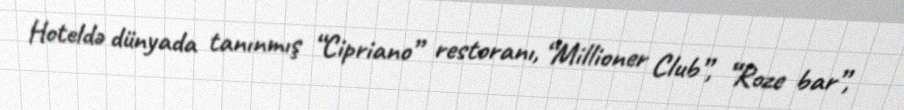
Hoteldə dünyada tanınmış “Cipriano” restoranı, “Millioner Club”, “Roze bar”,